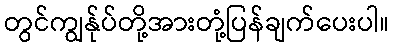
တွင်ကျွန်ုပ်တို့အားတုံ့ပြန်ချက်ပေးပါ။